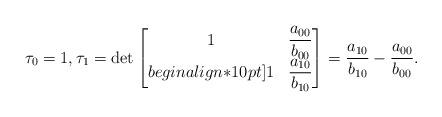
LaTeX: \begin{align*}\tau_0=1, \tau_1=\det\left[\begin{matrix}1 & \dfrac{a_{00}}{b_{00}}\\begin{align*}10pt]1 & \dfrac{a_{10}}{b_{10}}\end{matrix}\right]=\dfrac{a_{10}}{b_{10}}-\dfrac{a_{00}}{b_{00}}. \end{align*}